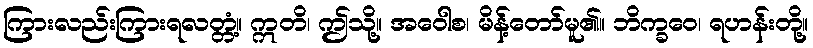
ကြားလည်းကြားရလတ္တံ့။ ဣတိ၊ ဤသို့။ အဝေါစ၊ မိန့်တော်မူ၏။ ဘိက္ခဝေ၊ ရဟန်းတို့။